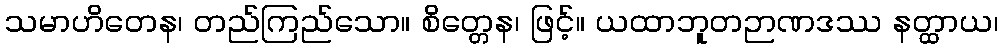
သမာဟိတေန၊ တည်ကြည်သော။ စိတ္တေန၊ ဖြင့်။ ယထာဘူတဉာဏဒဿ နတ္ထာယ၊